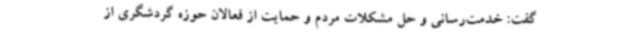
گفت: خدمت‌رسانی و حل مشکلات مردم و حمایت از فعالان حوزه گردشگری از